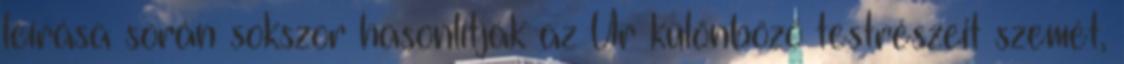
leírása során sokszor hasonlítják az Úr különböző testrészeit szemét,